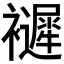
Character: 𧞽